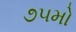
૭૫મો